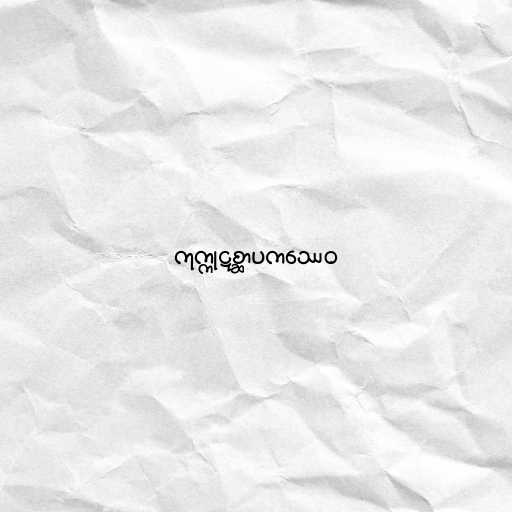
ကုက္ကုဋစ္ဆာပကဿေဝ